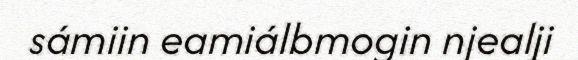
sámiin eamiálbmogin njealji